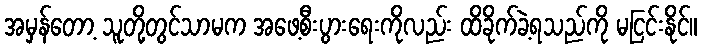
အမှန်တော့ သူတို့တွင်သာမက အဖေ့စီးပွားရေးကိုလည်း ထိခိုက်ခဲ့ရသည်ကို မငြင်းနိုင်။